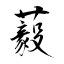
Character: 藙